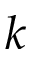
k